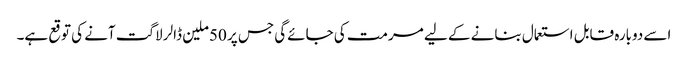
اسے دوبارہ قابل استعمال بنانے کے لیے مرمت کی جائےگی جس پر 50ملین ڈالر لاگت آنے کی توقع ہے۔